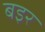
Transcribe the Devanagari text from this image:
बइर